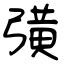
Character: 彉